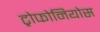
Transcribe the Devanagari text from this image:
ट्रोफोनियोस